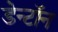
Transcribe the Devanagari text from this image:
डेन्टॉन